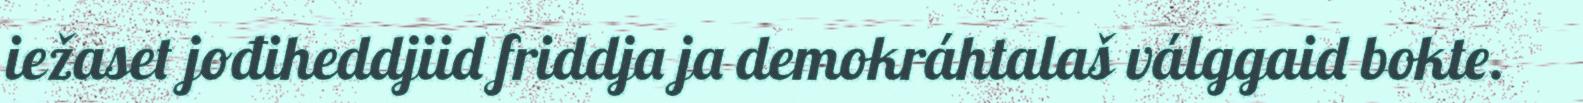
iežaset jođiheddjiid friddja ja demokráhtalaš válggaid bokte.